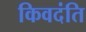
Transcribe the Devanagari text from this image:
किवदंति